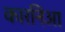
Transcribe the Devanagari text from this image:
कारनिआ